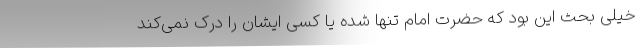
خیلی بحث این بود که حضرت امام تنها شده یا کسی ایشان را درک نمی‌کند